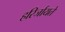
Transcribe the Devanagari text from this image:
हरिर्जायते